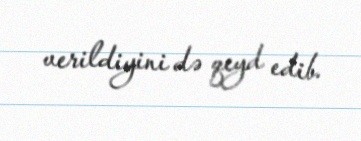
verildiyini də qeyd edib.